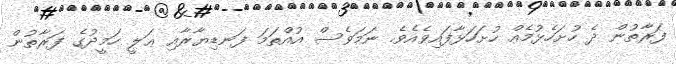
ފަރާތުން ދެ ހުށަހެޅުމެއް ހުށަހަޅާފައިވެއެވެ. ނަމަވެސް އުއްތަމަ ފަނޑިޔާރާއި ޢަލީ ހަމީދުގެ ފަރާތުން